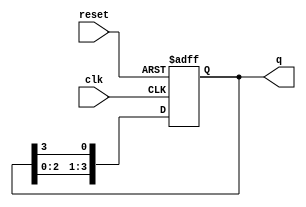
module ring_counter #(
    parameter n = 4  // Number of flip-flops
)(
    input wire clk,          // Clock input
    input wire reset,        // Asynchronous reset input
    output reg [n-1:0] q     // Output state of the counter
);

    // Initial state
    initial begin
        q = 1'b1;  // Initialize the counter to 100...0
    end

    // Always block triggered on clock edge or reset
    always @(posedge clk or posedge reset) begin
        if (reset) begin
            q <= 1'b1;  // Reset to initial state 100...0
        end else begin
            // Shift the '1' to the next flip-flop
            q <= {q[n-2:0], q[n-1]};  // Shift left and wrap around
        end
    end

endmodule